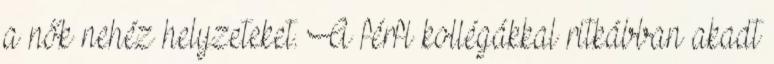
a nők nehéz helyzeteket. A férfi kollégákkal ritkábban akadt